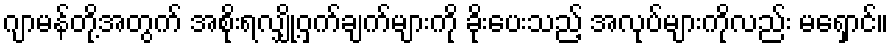
ဂျာမန်တို့အတွက် အစိုးရလျှို့ဝှက်ချက်များကို ခိုးပေးသည့် အလုပ်များကိုလည်း မရှောင်။